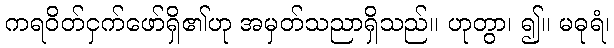
ကရဝိတ်ငှက်ဖော်ရှိ၏ဟု အမှတ်သညာရှိသည်။ ဟုတွာ၊ ၍။ မဓုရံ၊